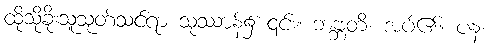
ထိုသို့ခိုးသူသုတ်သင်ရာ သုဿာန်၌ ၎င်း။ ဘဗ္ဘတိ၊ အပ်၏။ ပန၊